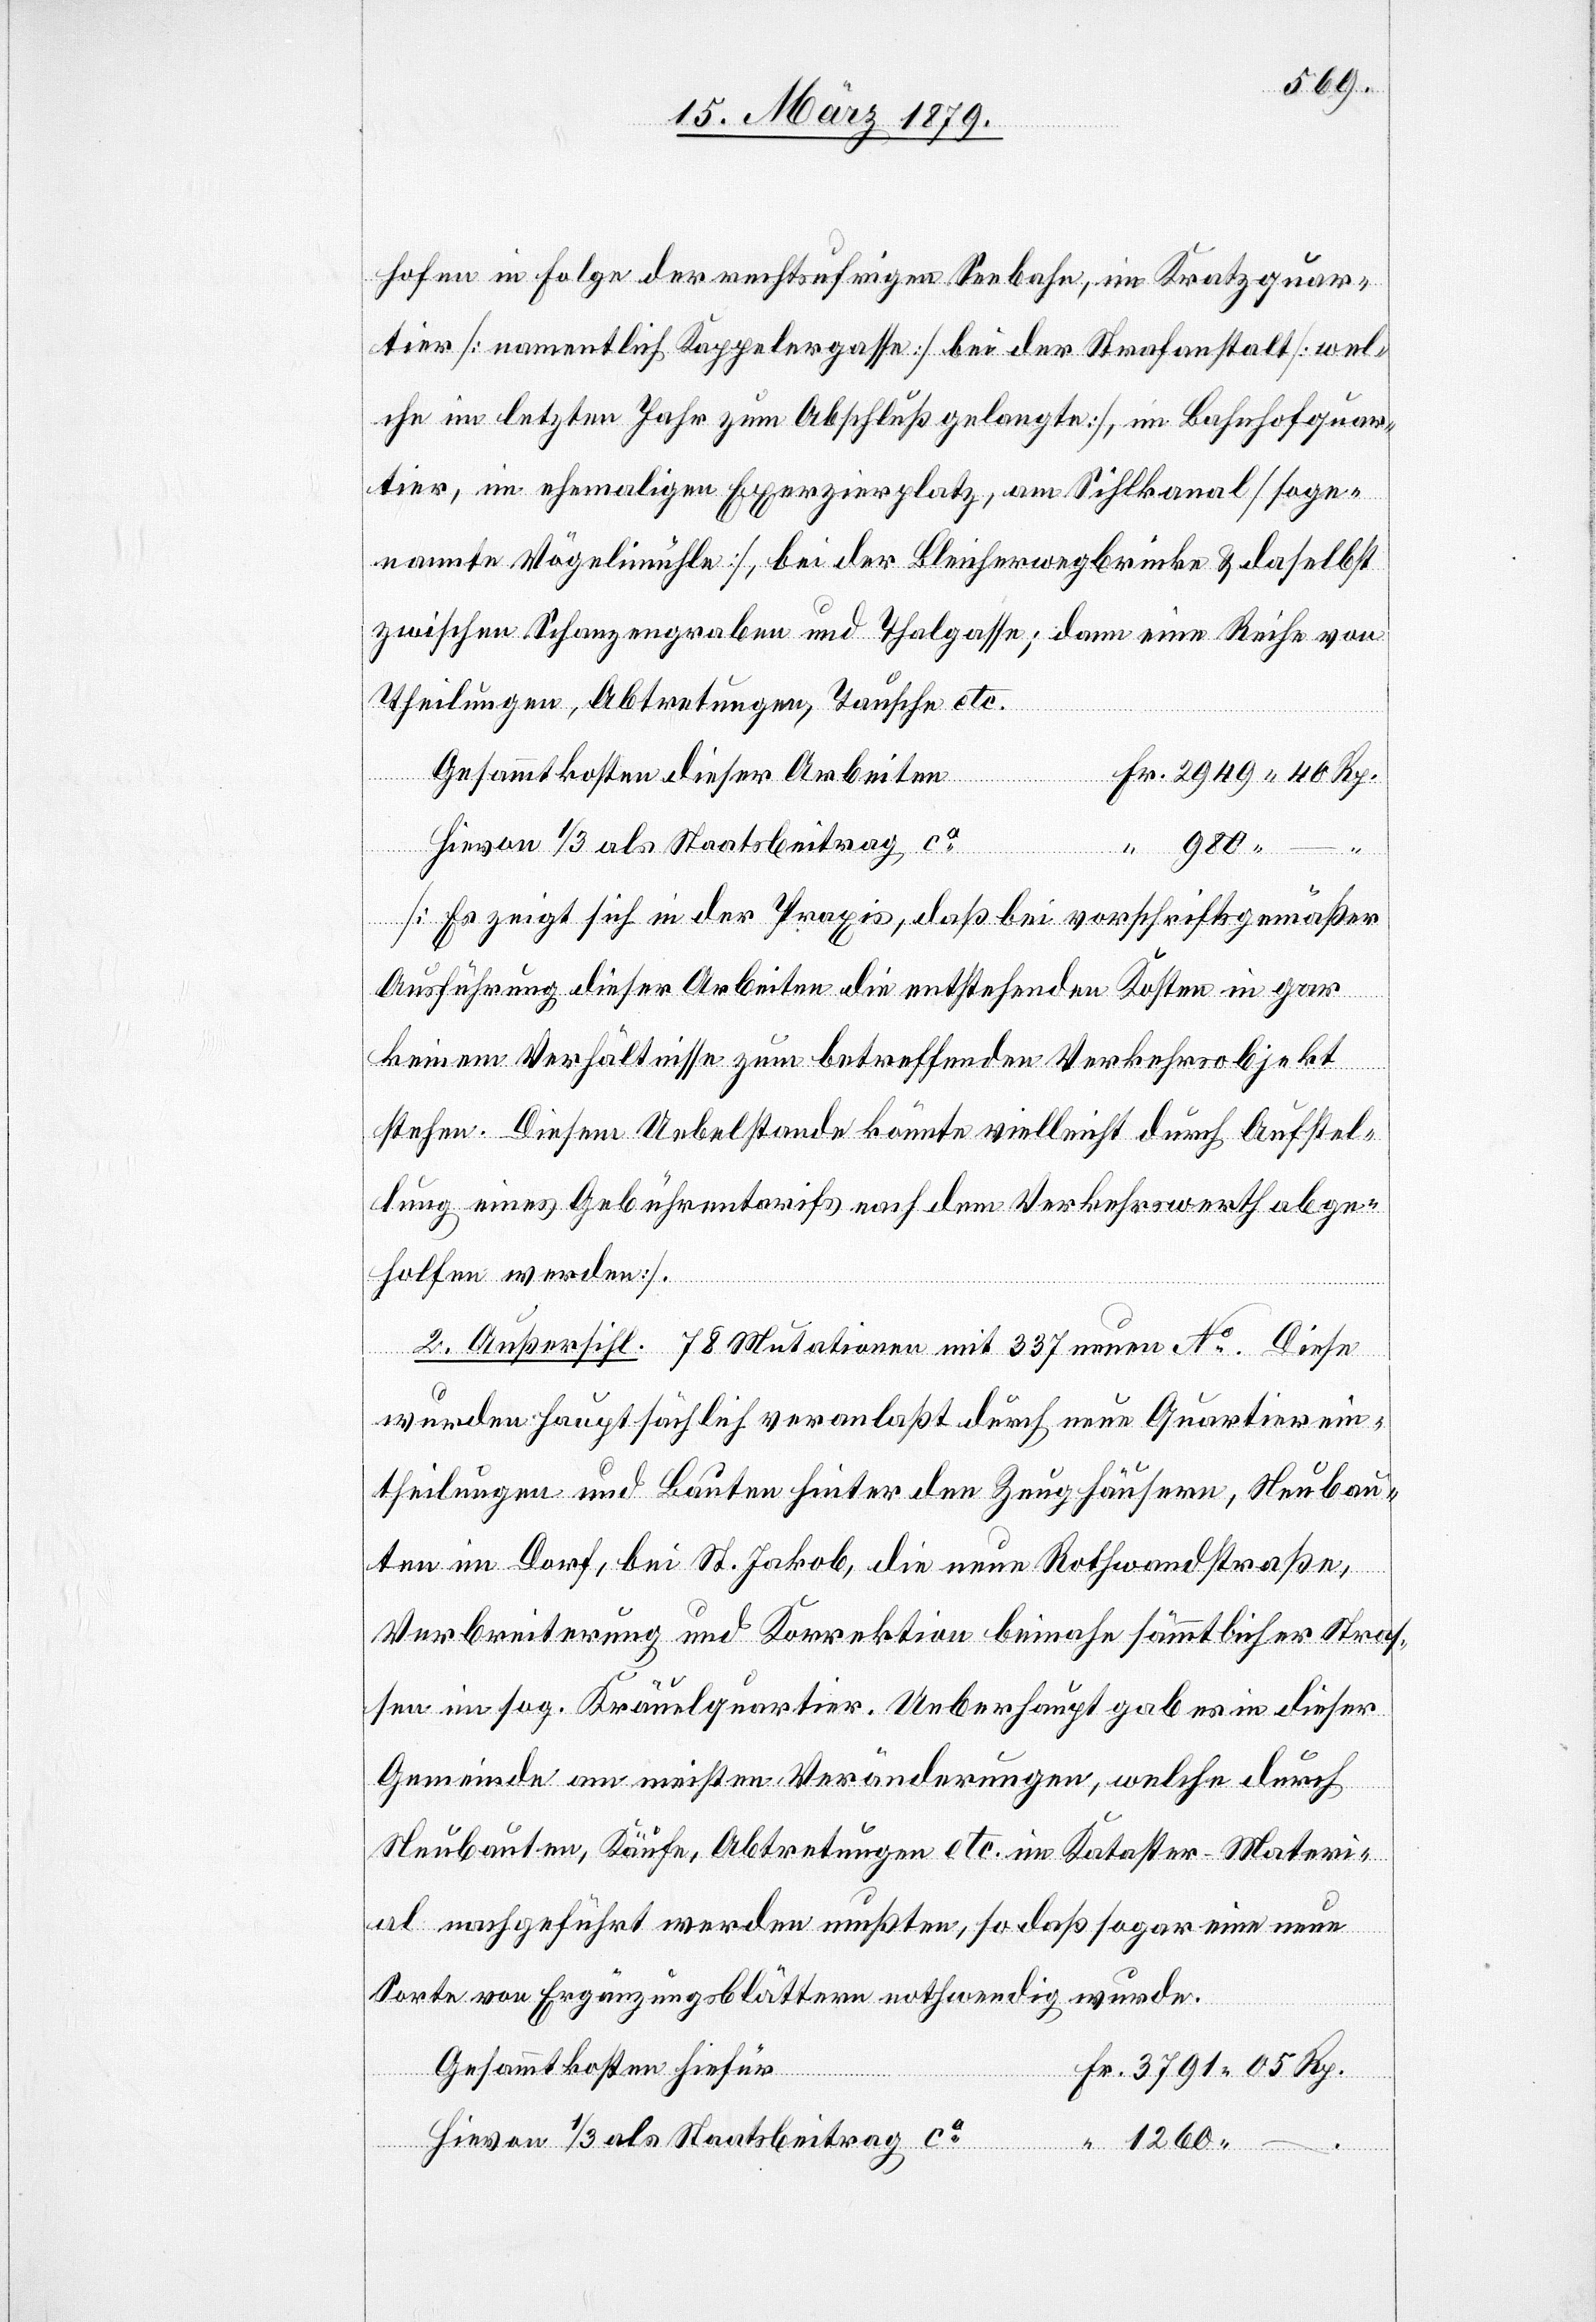
hofen in Folge der rechtsufrigen Seebahn, im Kratzquar¬
tier [namentlich Kappelergasse], bei der Strafanstalt [wel¬
che im letzten Jahr zum Abschluß gelangte], im Bahnhofquar¬
tier, im ehemaligen Exerzierplatz, am Sihlkanal [soge¬
nannte Vögelimühle], bei der Bleicherwegbrücke & daselbst
zwischen Schanzengraben und Thalgasse; dann eine Reihe von
Theilungen, Abtretungen, Tausche etc.
Rp.
Hievon 1/3 als Staatsbeitrag ca
–
[es zeigt sich in der Praxis, daß bei vorschriftsgemäßer
Ausführung dieser Arbeiten die entstehenden Kosten in gar
keinem Verhältnisse zum betreffenden Verkehrsobjekt
stehen. Diesem Uebelstande könnte vielleicht durch Aufstel¬
lung eines Gebührentarifs nach dem Verkehrswerth abge¬
holfen werden].
Fr.
2. Außersihl. 78 Mutationen mit 337 neuen No. Diese
wurden hauptsächlich veranlaßt durch neue Quartierein¬
theilungen und Bauten hinter den Zeughäusern, Neubau¬
ten im Dorf, bei St. Jakob, die neue Rothwandstraße,
Verbreiterung und Korrektion beinahe sämmtlicher Straß¬
en im sog. Kräuelquartier. Ueberhaupt gab es in dieser
Gemeinde am meisten Veränderungen, welche durch
Neubauten, Käufe, Abtretungen etc. im Kataster-Materi¬
al nachgeführt werden mußten, so daß sogar eine neue
Sorte von Ergänzungsblättern nothwendig wurde.
Gesammtkosten hiefür